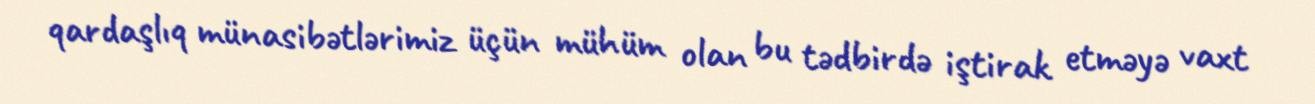
qardaşlıq münasibətlərimiz üçün mühüm olan bu tədbirdə iştirak etməyə vaxt